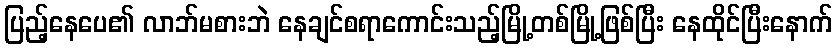
ပြည့်နေပေ၏ လာဘ်မစားဘဲ နေချင်စရာကောင်းသည့်မြို့တစ်မြို့ဖြစ်ပြီး နေထိုင်ပြီးနောက်